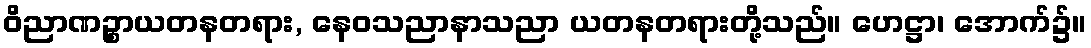
ဝိညာဏဉ္စာယတနတရား, နေဝသညာနာသညာ ယတနတရားတို့သည်။ ဟေဋ္ဌာ၊ အောက်၌။